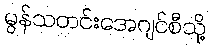
မွန်သတင်းအေဂျင်စီသို့